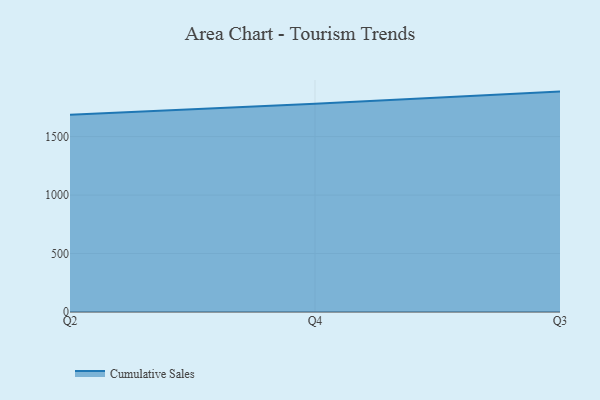
{"axis": {"x": "Quarter", "y": "Conversion Rate (%)"}, "legend": ["Cumulative Sales"], "data": [{"x": "Q2", "y": 1687.3, "type": "Cumulative Sales"}, {"x": "Q4", "y": 1781.4, "type": "Cumulative Sales"}, {"x": "Q3", "y": 1884.5, "type": "Cumulative Sales"}]}